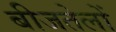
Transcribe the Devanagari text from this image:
बीजतेलों